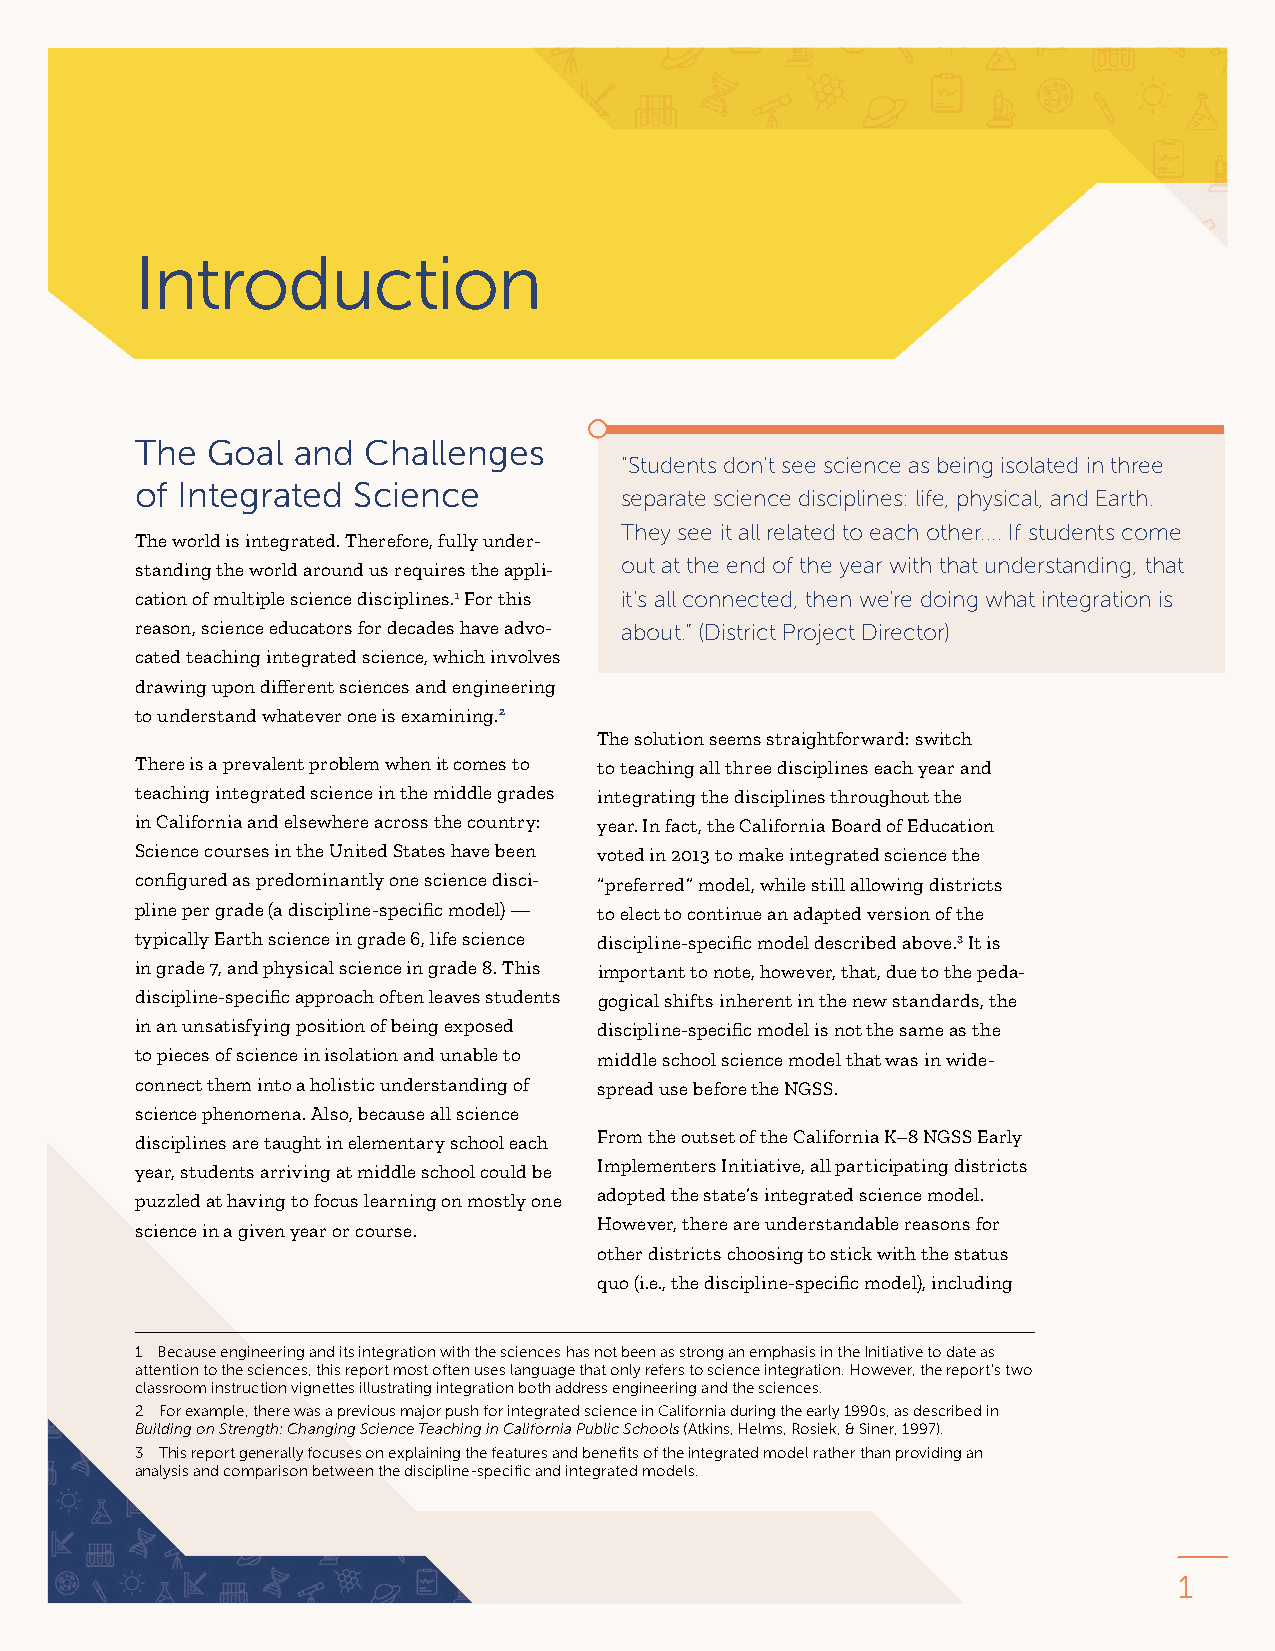
Introduction
 The  Goal and  Challenges
 “Students don’t see science as being isolated in three
 of Integrated Science
 separate science disciplines: life, physical, and Earth.
 They see it all related to each other. . . . If students come
 The world is integrated. Therefore, fully under-
 standing the world around us requires the appli- out at the end of the year with that understanding, that
 cation of multiple science disciplines.1 For this it’s all connected, then we’re doing what integration is
 reason, science educators for decades have advo- about.” (District Project Director)
 cated teaching integrated science, which involves
 drawing upon different sciences and engineering
 to understand whatever one is examining.2
 The solution seems straightforward: switch
 There is a prevalent problem when it comes to to teaching all three disciplines each year and
 teaching integrated science in the middle grades integrating the disciplines throughout the
 in California and elsewhere across the country: year. In fact, the California Board of Education
 Science courses in the United States have been voted in 2013 to make integrated science the
 configured as predominantly one science disci- “preferred” model, while still allowing districts
 pline per grade (a discipline-specific model) — to elect to continue an adapted version of the
 typically Earth science in grade 6, life science discipline- specific model described above.3 It is
 in grade 7, and physical science in grade 8. This important to note, however, that, due to the peda-
 discipline-specific approach often leaves students gogical shifts inherent in the new standards, the
 in an unsatisfying position of being exposed discipline-specific model is not the same as the
 to pieces of science in isolation and unable to middle school science model that was in wide-
 connect them into a holistic understanding of spread use before the NGSS.
 science phenomena. Also, because all science
 From the outset of the California K–8 NGSS Early
 disciplines are taught in elementary school each
 Implementers Initiative, all participating districts
 year, students arriving at middle school could be
 adopted the state’s integrated science model.
 puzzled at having to focus learning on mostly one
 However, there are understandable reasons for
 science in a given year or course.
 other districts choosing to stick with the status
 quo (i.e., the discipline-specific model), including
 1 Because engineering and its integration with the sciences has not been as strong an emphasis in the Initiative to date as
 attention to the sciences, this report most often uses language that only refers to science integration. However, the report’s two
 classroom instruction vignettes illustrating integration both address engineering and the sciences.
 2 For example, there was a previous major push for integrated science in California during the early 1990s, as described in
 Building on Strength: Changing Science Teaching in California Public Schools (Atkins, Helms, Rosiek, & Siner, 1997).
 3 This report generally focuses on explaining the features and benefits of the integrated model rather than providing an
 analysis and comparison between the discipline-specific and integrated models.
 1